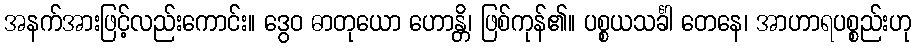
အနက်အားဖြင့်လည်းကောင်း။ ဒွေဝ ဓာတုယော ဟောန္တိ၊ ဖြစ်ကုန်၏။ ပစ္စယသင်္ခါ တေနေ၊ အာဟာရပစ္စည်းဟု